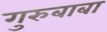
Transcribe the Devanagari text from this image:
गुरुबाबा